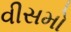
વીસમો